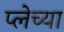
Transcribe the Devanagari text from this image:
प्लेच्या